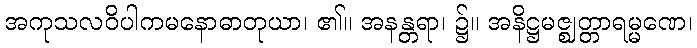
အကုသလဝိပါကမနောဓာတုယာ၊ ၏။ အနန္တရာ၊ ၌။ အနိဋ္ဌမဇ္ဈတ္တာရမ္မဏေ၊